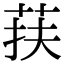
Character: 荴